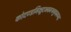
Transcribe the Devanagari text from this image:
कोदण्डमिक्षूदभवमथगुणमप्यड़